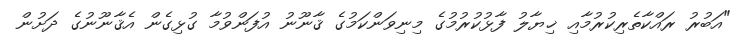
"އަބުރު ރައްކާތެރިކުރުމާއި ޚިޔާލު ފާޅުކުރުމުގެ މިނިވަންކަމުގެ ޤާނޫނު އުފަންވުމާ ގުޅިގެން އެޤާާނޫނުގެ ދަށުން